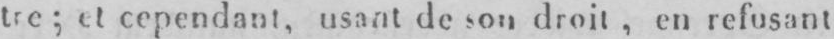
tre; et cependant, usant de son droit, en refusant